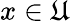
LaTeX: x\in\mathfrak{U}